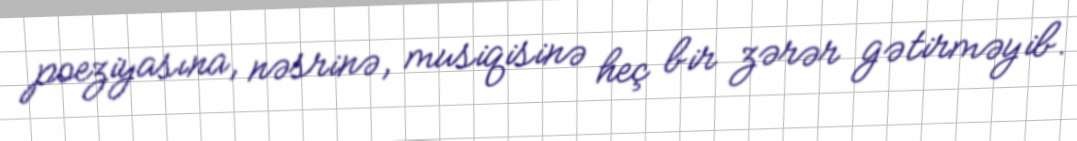
poeziyasına, nəsrinə, musiqisinə heç bir zərər gətirməyib.